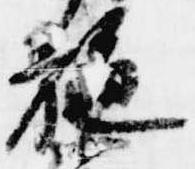
施